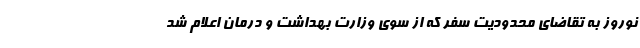
نوروز به تقاضای محدودیت سفر که از سوی وزارت بهداشت و درمان اعلام شد